Insane asylums in Bengal annual reports 1876-1887 - 1876-1887
Year: 1876
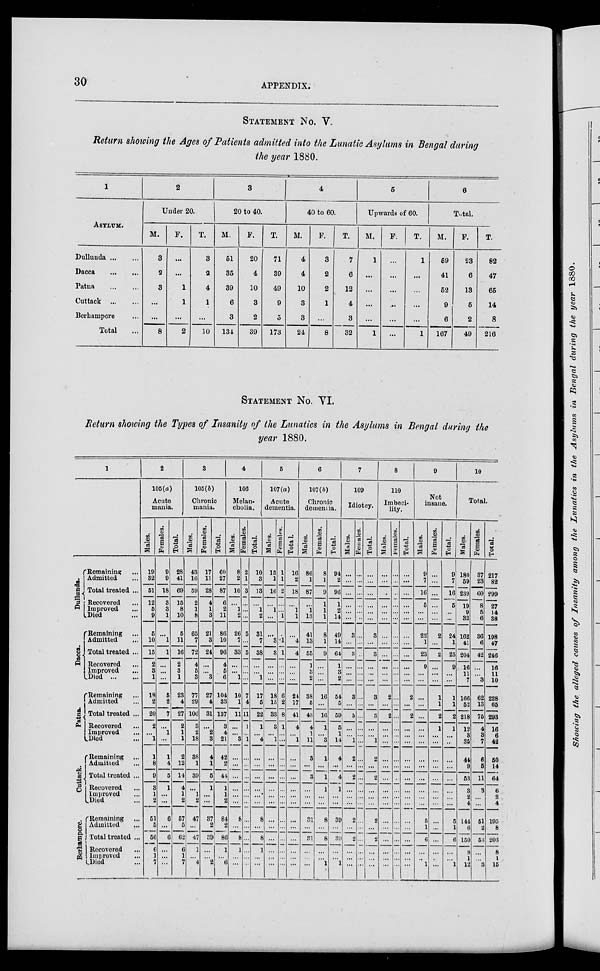
30
APPENDIX.
STATEMENT No. V.
Return showing the Ages of Patients admitted into the Lunatic Asylums in Bengal during
the year 1880.
1
ASYLUM.
Dullunda ... ...
Dacca
...
...
Patna
...
...
Cuttack
...
...
Berhampore ...
Total ...
2
Under 20.
M.
3
2
3
...
...
8
F.
...
...
1
1
...
2
T.
3
2
4
1
...
10
3
20 to 40.
M.
51
35
39
6
3
134
F.
20
4
10
3
2
39
T.
71
39
49
9
5
173
4
40 to 60.
M.
4
4
10
3
3
24
F.
3
2
2
1
...
8
T.
7
6
12
4
3
32
5
Upwards of 60.
M.
1
...
...
...
...
1
F.
...
...
...
...
...
...
T.
1
...
...
...
...
1
6
Total.
M.
59
41
52
9
6
167
F.
23
6
13
5
2
49
T.
82
47
65
14
8
216
STATEMENT No. VI.
Return showing the Types of Insanity of the Lunatics in the Asylums in Bengal during the
year 1880.
1
Dullunda.
Dacca.
Patna.
Cuttack.
Berhampore.
Remaining ...
Admitted ...
Total treated ...
Recovered ...
Improved ...
Died ...
Remaining ...
Admitted
...
Total treated ...
Recovered ...
Improved ...
Died
...
...
Remaining ...
Admitted ...
Total treated ...
Recovered ...
Improved
...
Died ... ...
Remaining ...
Admitted ...
Total treated ...
Recovered ...
Improved ...
Died ...
Remaining ...
Admitted ...
Total treated ...
Recovered ...
Improved ...
Died ...
2
105(a)
Acute
mania.
Males.
19
32
51
12
5
9
5
10
15
2
3
1
19
2
20
2
...
1
1
8
9
3
1
2
51
5
56
6
1
7
Females.
9
9
18
3
3
1
...
1
1
...
...
...
5
2
7
...
1
...
1
4
5
1
...
...
6
...
6
...
...
...
Total.
28
41
69
15
8
10
5
11
16
2
3
1
23
4
27
2
1
1
2
12
14
4
1
2
57
5
62
6
1
7
3
105(b)
Chronic
mania.
Males.
43
16
59
2
1
8
65
7
72
4
5
3
77
29
106
3
2
18
38
1
39
...
1
2
47
...
47
1
...
4
Females.
17
11
28
4
1
3
21
3
24
...
...
3
27
4
31
...
2
3
4
1
5
1
...
...
37
2
39
...
...
2
Total.
60
27
87
6
2
11
86
10
96
4
5
6
104
33
137
3
4
21
42
2
41
1
1
2
84
2
86
1
...
6
4
106
Melan-
cholia.
Males.
8
2
10
...
1
2
26
7
33
...
...
1
10
1
11
...
...
3
...
...
...
...
...
...
8
...
8
1
...
...
females.
2
1
3
...
...
...
5
...
5
...
...
...
7
4
11
1
...
1
...
...
...
...
...
...
...
...
...
...
...
...
Total.
10
3
13
...
1
2
31
7
38
...
...
1
17
5
22
1
...
4
...
...
...
...
...
...
8
...
8
1
...
...
5
107(a)
Acute
dementia.
Males.
15
1
16
...
1
...
...
3
3
...
...
...
18
15
33
3
...
1
...
...
...
...
...
...
...
...
...
...
...
...
Females.
1
1
2
...
...
1
...
1
1
...
...
...
6
2
8
1
...
...
...
...
...
...
...
...
...
...
...
...
...
...
Total.
16
2
18
...
1
1
...
4
4
...
...
...
24
17
41
4
...
1
...
...
...
...
6
107(b)
Chronic
dementia.
Males.
86
1
87
...
1
13
41
13
55
1
3
2
38
5
43
4
1
11
3
...
3
...
...
...
31
...
31
...
...
...
Females.
8
1
9
1
1
1
8
1
9
...
...
...
16
...
16
1
...
3
1
...
1
1
...
...
8
...
8
...
...
1
Total.
94
2
96
1
2
14
49
14
64
1
3
2
54
5
59
5
1
14
4
...
4
1
...
...
39
...
39
...
...
1
7
109
Idiotcy.
Males.
...
...
...
...
...
...
3
...
3
...
...
...
3
...
3
...
...
1
2
...
2
...
...
...
2
...
2
...
...
...
Females.
...
...
...
...
...
...
...
...
..
...
...
...
...
...
...
...
...
...
...
...
...
...
...
...
...
...
...
...
...
...
Total.
...
...
...
...
...
...
3
...
3
...
...
...
3
...
3
...
...
1
2
...
2
...
...
...
2
...
2
...
...
...
8
110
Imbeci-
lity.
Males.
...
...
...
...
...
...
...
...
...
...
...
...
2
...
2
...
...
...
...
...
...
...
...
...
...
...
...
...
...
...
Females.
...
...
...
...
...
...
...
...
...
...
...
...
...
...
...
...
...
...
...
...
...
...
...
...
...
...
...
...
...
...
Total.
...
...
...
...
...
...
...
...
...
...
...
...
2
...
2
...
...
...
...
...
...
...
...
...
...
...
...
...
...
...
9
Not
insane.
Males.
9
7
16
5
...
...
22
1
23
9
...
...
...
...
...
...
...
...
...
...
...
...
...
...
5
1
6
...
..
1
Females.
...
...
...
...
...
...
2
...
2
...
...
...
1
1
2
1
...
...
...
...
...
...
...
...
...
...
...
...
...
...
Total.
9
7
16
5
...
...
24
1
25
9
...
...
1
1
2
1
...
...
...
...
...
...
...
...
5
1
6
...
...
1
10
Total.
Males.
180
59
239
19
9
32
162
41
204
16
11
7
166
52
218
12
3
35
44
9
53
3
2
4
144
6
150
8
1
12
Females.
37
23
60
8
5
6
36
6
42
...
...
3
62
13
75
4
3
7
6
5
11
3
...
...
51
2
53
...
...
3
Total.
217
82
299
27
14
38
198
47
246
16
11
10
228
65
293
16
6
42
50
14
64
6
2
4
195
8
203
8
1
15